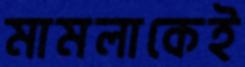
মামলাকেই